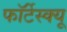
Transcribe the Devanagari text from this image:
फॉर्टेस्क्यू